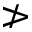
\ngtr